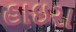
હાઇરા